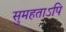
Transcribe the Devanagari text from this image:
सुमहताऽपि